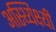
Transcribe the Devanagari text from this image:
अस्थ्यिक्ष्यी